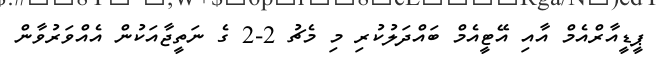
ޕީޑީއާރްއެމް އާއި އޭޓީއެމް ބައްދަލުކުރި މި މެޗު 2-2 ގެ ނަތީޖާއަކުން އެއްވަރުވާން